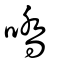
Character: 嘺